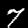
Digit: 7